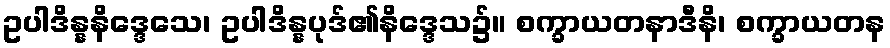
ဥပါဒိန္နနိဒ္ဒေသေ၊ ဥပါဒိန္နပုဒ်၏နိဒ္ဒေသ၌။ စက္ခာယတနာဒီနိ၊ စက္ခာယတန